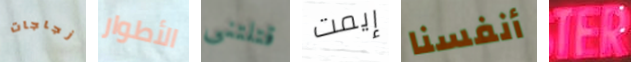
زجاجات الأطوار قتلتني إيمت أنفسنا TER